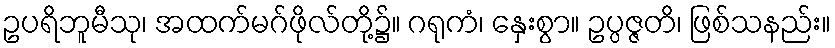
ဥပရိဘူမီသု၊ အထက်မဂ်ဖိုလ်တို့၌။ ဂရုကံ၊ နှေးစွာ။ ဥပ္ပဇ္ဇတိ၊ ဖြစ်သနည်း။